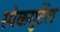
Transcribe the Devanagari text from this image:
स्पेकगुर्टेल